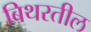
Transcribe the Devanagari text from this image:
बिथरतील